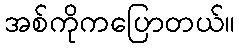
အစ်ကိုကပြောတယ်။